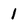
Character: 1